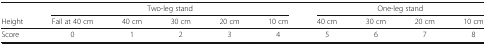
<table><thead><tr><td></td><td colspan="5"><b>Two-leg stand</b></td><td colspan="4"><b>One-leg stand</b></td></tr><tr><td><b>Height</b></td><td><b>Fail at 40 cm</b></td><td><b>40 cm</b></td><td><b>30 cm</b></td><td><b>20 cm</b></td><td><b>10 cm</b></td><td><b>40 cm</b></td><td><b>30 cm</b></td><td><b>20 cm</b></td><td><b>10 cm</b></td></tr></thead><tbody><tr><td>Score</td><td>0</td><td>1</td><td>2</td><td>3</td><td>4</td><td>5</td><td>6</td><td>7</td><td>8</td></tr></tbody></table>